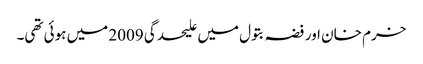
خرم خان اور فضہ بتول میں علیحدگی 2009 میں ہوئی تھی۔